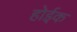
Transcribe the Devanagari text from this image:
होईक